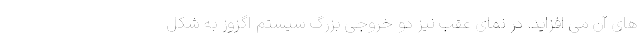
های آن می افزاید. در نمای عقب نیز دو خروجی بزرگ سیستم اگزوز به شکل